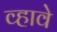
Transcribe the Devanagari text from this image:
व्‍हावे